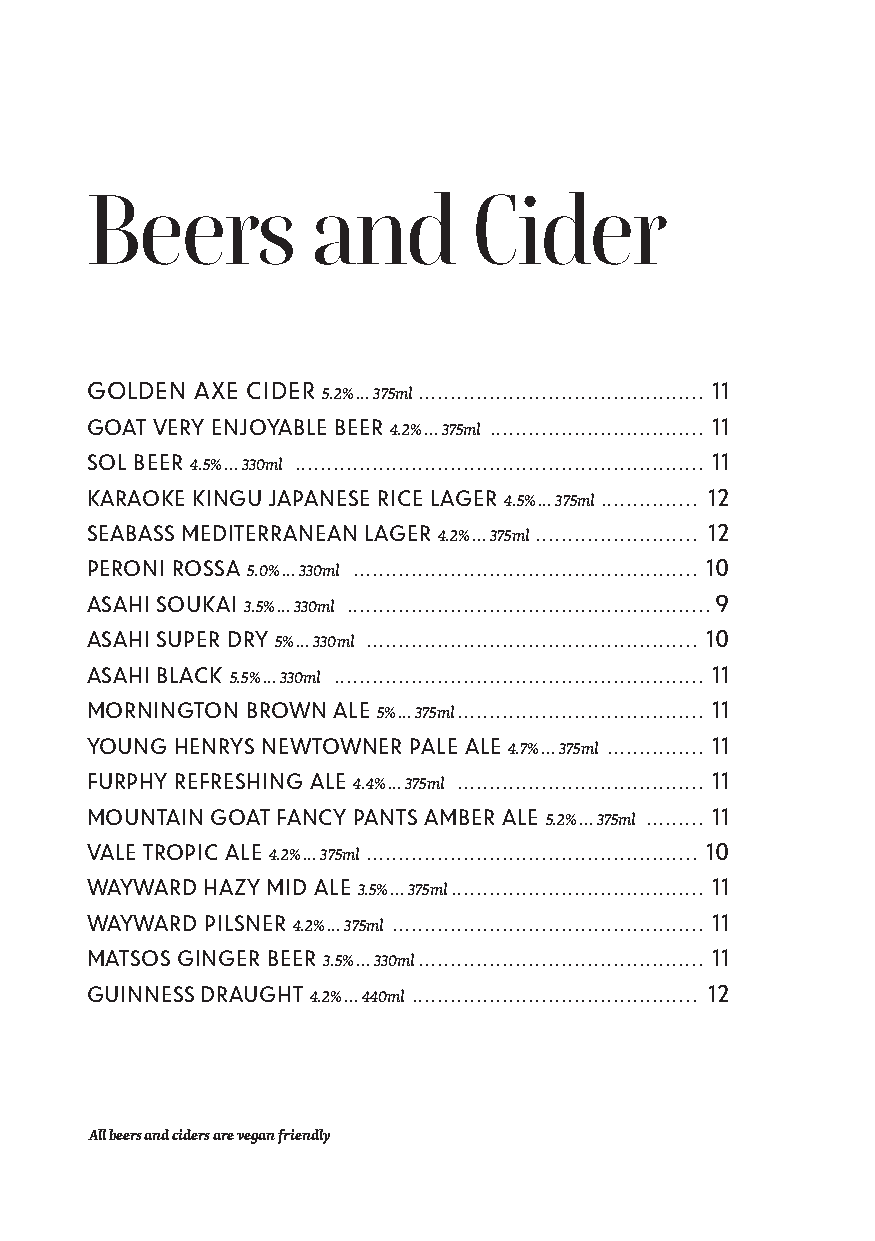
Beers          and       Cider
 GOLDEN AXE CIDER                         11
 5.2% ... 375ml ............................................
 GOAT VERY ENJOYABLE BEER                 11
 4.2% ... 375ml .................................
 SOL BEER                                 11
 4.5% ... 330ml ...............................................................
 KARAOKE KINGU JAPANESE RICE LAGER        12
 4.5% ... 375ml ...............
 SEABASS MEDITERRANEAN LAGER              12
 4.2% ... 375ml .........................
 PERONI ROSSA                             10
 5.0% ... 330ml .....................................................
 ASAHI SOUKAI                             9
 3.5% ... 330ml ........................................................
 ASAHI SUPER DRY                          10
 5% ... 330ml . ..................................................
 ASAHI BLACK                              11
 5.5% ... 330ml .........................................................
 MORNINGTON BROWN ALE                     11
 5% ... 375ml ......................................
 YOUNG HENRYS NEWTOWNER PALE ALE          11
 4.7% ... 375ml . ..............
 FURPHY REFRESHING ALE                    11
 4.4% ... 375ml ......................................
 MOUNTAIN GOAT FANCY PANTS AMBER ALE      11
 5.2% ... 375ml . ........
 VALE TROPIC ALE                          10
 4.2% ... 375ml ...................................................
 WAYWARD HAZY MID ALE                     11
 3.5% ... 375ml . ......................................
 WAYWARD PILSNER                          11
 4.2% ... 375ml ................................................
 MATSOS GINGER BEER                       11
 3.5% ... 330ml . ...........................................
 GUINNESS DRAUGHT                         12
 4.2% ... 440ml ............................................
 All beers and ciders are vegan friendly